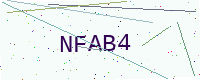
Text: NFAB4